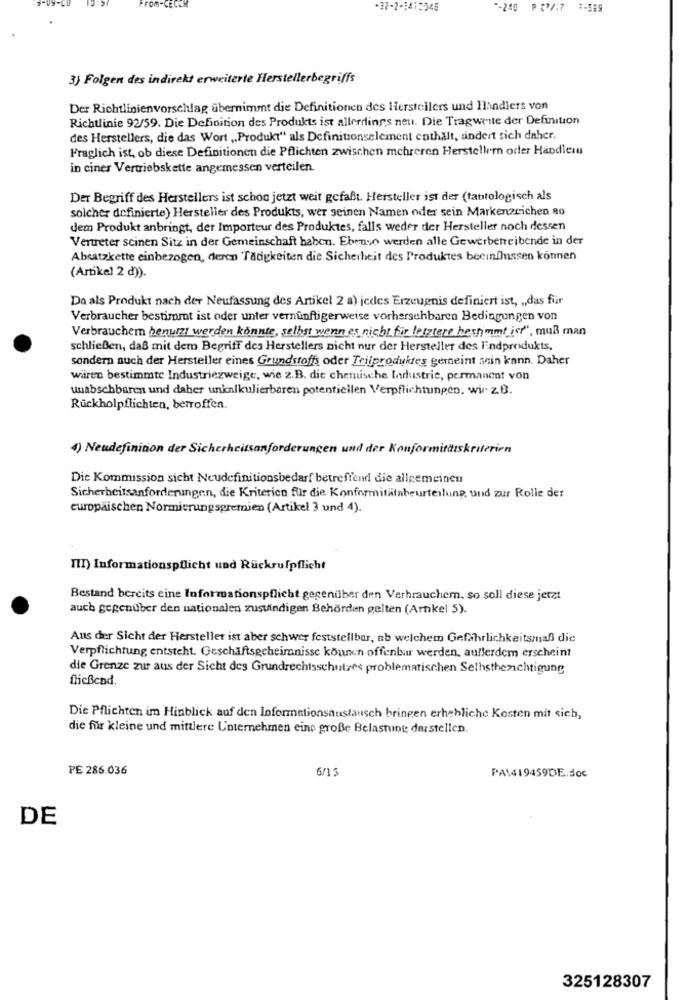
-32-2-1413046
"-240 P (7/17 :- 569
3) Folgen des indirekt erweiterte Herstellerbegriffs
Der Richtlinienvorschlag übernimmt die Definitionen des Herstellers und Hlindiers von
Richtlinie 92/59. Die Definition des Produkts ist allerdings neu. Die Tragweite der Definition
des Herstellers, die das Wort ,Produkt“ als Definitionselement enthält, ändert sich daher.
Fraglich ist, ob diese Definitionen die Pflichten zwischen mehreren Herstellern oder Handleru
in ciner Vertriebskette angemessen verteilen.
Der Begriff des Herstellers ist schon jetzt weit gefaßt. Hersteller ist der (tabtologisch als
solcher definierte) Hersteller des Produkts, wer seinen Namen oder sein Markenzeichen 80
dem Produkt anbringt, der Importeur des Produktes, falls weder der Hersteller noch dessen
Vertreter seinen Sitz in der Gemeinschaft haben. Ebenso werden alle Gewerbetreibende in der
Absatzkette einbezogen, deren Tätigkeiten die Sicherheit des Produktes beeinflussen können
(Artikel 2 d)).
Da als Produkt nach der Neufassung des Artikel 2 a) jedes Erzeugnis definiert ist, „,das für
Verbraucher bestimmt ist oder unter vernünftigerweise vorhersehbaren Bedingungen von
Verbraucher benutzt werden könnte, selbst wenn es nicht fir letztere hestimmt ist", muß man
schließen, daß mit dem Begriff des Herstellers nicht nur der Hersteller des Endprodukts,
sondern auch der Hersteller eines Grundstoffs oder Trilproduktes gemeint sein kann. Daher
wiren bestimmte Industriezweige, wie z.B. die chemische Industrie, permanent von
unabschbaren und daher unkalkulierbaren potentiellen Verpflichtungen, wir. z.B.
Rückholpflichten, betroffen.
4) Neudefinition der Sicherheitsanforderungen und der Konformitätskriterien
Die Kommission sicht Neudefinitionsbedarf betreffend die allgemeinen
Sicherheitsanforderungen, die Kriterien für die Konformitätabeurteilung und zur Rolle der
europäischen Normierungsgremien (Artikel 3 und 4).
III) Informationspflicht und Rückrufpflicht
Bestand bereits eine Informationspflicht gegenüber den Verhrauchem. so soll diese jetzt
auch gegenüber den nationalen zuständigen Behörden gelten (Artikel 5).
Aus der Sicht der Hersteller ist aber schwer feststellbar, ab welchem Gefährlichkeitsmaß die
Verpflichtung entsteht. Geschäftsgeheimnisse können offenbar werden. außerdem erscheint
die Grenze zur aus der Sicht des Grundrechtsschutzes problematischen Selhsthezichtigung
fließend.
Die Pflichten im Hinblick auf den Informationsaustausch bringen erhebliche Kosten mit sich,
die für kleine und mittlere Unternehmen eine große Belasting darstellen.
PE 286.036
6/15
PA1419459DE.doc
DE
325128307